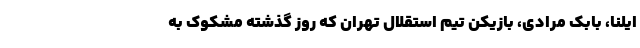
ایلنا، بابک مرادی، بازیکن تیم استقلال تهران که روز گذشته مشکوک به